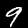
Label: 9